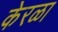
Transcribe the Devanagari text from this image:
केरळा